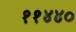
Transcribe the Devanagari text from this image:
११४४०